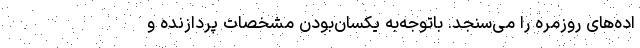
اده‌های روزمره را می‌سنجد. باتوجه‌به یکسان‌بودن مشخصات پردازنده و